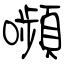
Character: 嚬